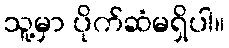
သူ့မှာ ပိုက်ဆံမရှိပါ။